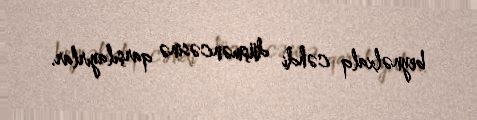
beynəlxalq cəhdi düşməncəsinə qarşılayırlar.